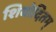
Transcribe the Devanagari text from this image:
शिवोदितम्